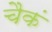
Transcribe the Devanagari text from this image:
चैकं